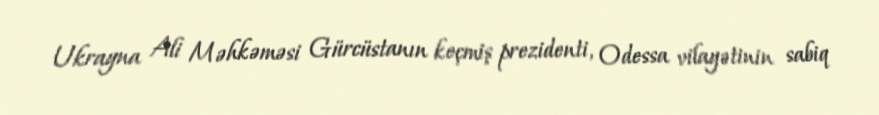
Ukrayna Ali Məhkəməsi Gürcüstanın keçmiş prezidenti, Odessa vilayətinin sabiq